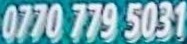
0750 779 5031